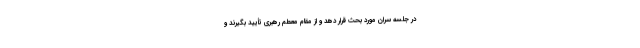
در جلسه سران مورد بحث قرار دهد و از مقام معطم رهبری تأیید بگیرند و